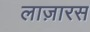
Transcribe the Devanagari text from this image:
लाज़ारस